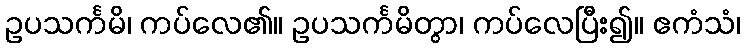
ဥပသင်္ကမိ၊ ကပ်လေ၏။ ဥပသင်္ကမိတွာ၊ ကပ်လေပြီး၍။ ဧကံသံ၊